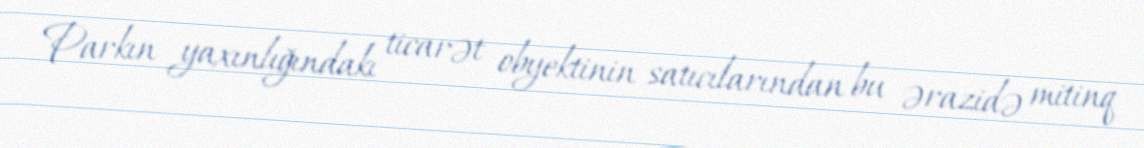
Parkın yaxınlığındakı ticarət obyektinin satıcılarından bu ərazidə mitinq